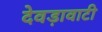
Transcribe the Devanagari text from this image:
देवड़ावाटी